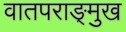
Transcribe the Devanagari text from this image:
वातपराङ्‌मुख